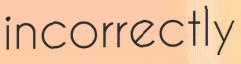
incorrectly